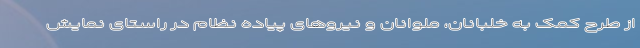
از طرح کمک به خلبانان، ملوانان و نیروهای پیاده نظام در راستای نمایش